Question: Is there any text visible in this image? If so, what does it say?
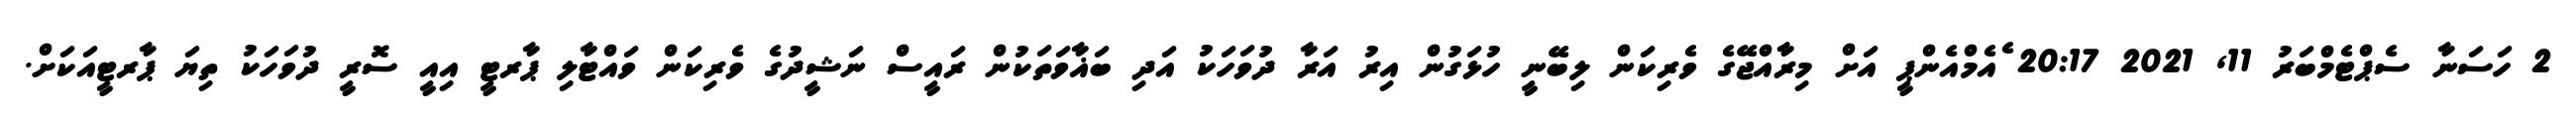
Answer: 2 ހަސަނާ ސެޕްޓެމްބަރު 11, 2021 20:17 ެއެމްއެންޕީ އަށް މިރާއްޖޭގެ ވެރިކަން ލިބޭނީ ހުޅަގުން އިރު އަރާ ދުވަހަކު އަދި ބަޣާވަތަކުން ރައީސް ނަޝީދުގެ ވެރިކަން ވައްޓާލި ޕާރޓީ އިއީ ސޮރީ ދުވަހަކު ތިޔަ ޕާރޓީއަކަށް.